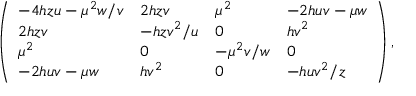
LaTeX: \left( \begin{array} { l l l l } { { - 4 h z u - \mu ^ { 2 } w / v } } & { { 2 h z v } } & { { \mu ^ { 2 } } } & { { - 2 h u v - \mu w } } \\ { { 2 h z v } } & { { - h z v ^ { 2 } / u } } & { { 0 } } & { { h v ^ { 2 } } } \\ { { \mu ^ { 2 } } } & { { 0 } } & { { - \mu ^ { 2 } v / w } } & { { 0 } } \\ { { - 2 h u v - \mu w } } & { { h v ^ { 2 } } } & { { 0 } } & { { - h u v ^ { 2 } / z } } \end{array} \right) ,